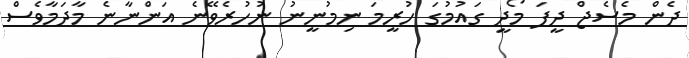
ދެން މެސެޖް ދީފަ މޯދީ ގައުމުގަ ހުރީމަ ނިމުނީނު ނުހުރެވޭނެ އަންނާނެ މާދަމާވެސް